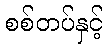
စစ်တပ်နှင့်